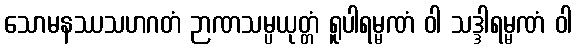
သောမနဿသဟဂတံ ဉာဏသမ္ပယုတ္တံ ရူပါရမ္မဏံ ဝါ သဒ္ဒါရမ္မဏံ ဝါ